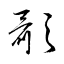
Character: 顳